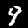
Label: 9